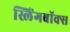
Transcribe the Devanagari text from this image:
स्लिंगबॉक्स